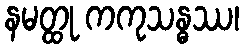
နမတ္ထု ကကုသန္ဓဿ၊